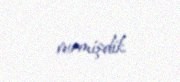
vermişdik.